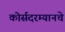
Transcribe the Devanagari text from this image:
कोर्सदरम्यानचे